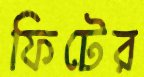
ফিটের